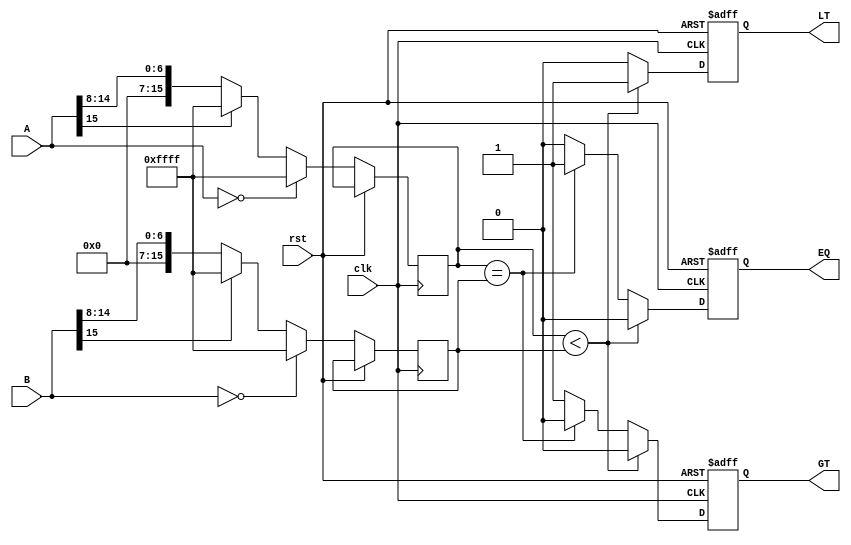
module log_comparator (
    input wire clk,
    input wire rst,
    input wire [15:0] A, // 16-bit input A
    input wire [15:0] B, // 16-bit input B
    output reg LT,       // Less Than output
    output reg EQ,       // Equal output
    output reg GT        // Greater Than output
);

// Logarithm Approximation Function
function [15:0] log_approx(input [15:0] value);
    begin
        if (value == 0) begin
            log_approx = 16'hFFFF; // Handle log(0) case
        end else if (value[15] == 1'b1) begin
            log_approx = 16'hFFFF; // Handle negative case
        end else begin
            // Simple logarithmic approximation
            log_approx = value >> 8; // Example: simple shift for demo
        end
    end
endfunction

reg [15:0] logA; // Logarithmic value of A
reg [15:0] logB; // Logarithmic value of B

always @(posedge clk or posedge rst) begin
    if (rst) begin
        LT <= 0;
        EQ <= 0;
        GT <= 0;
    end else begin
        logA <= log_approx(A);
        logB <= log_approx(B);
        
        // Comparator Logic
        if (logA < logB) begin
            LT <= 1;
            EQ <= 0;
            GT <= 0;
        end else if (logA == logB) begin
            LT <= 0;
            EQ <= 1;
            GT <= 0;
        end else begin
            LT <= 0;
            EQ <= 0;
            GT <= 1;
        end
    end
end

endmodule